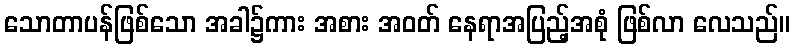
သောတာပန်ဖြစ်သော အခါ၌ကား အစား အဝတ် နေရာအပြည့်အစုံ ဖြစ်လာ လေသည်။